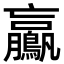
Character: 鸁